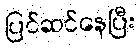
ပြင်ဆင်နေပြီး